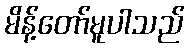
မိန့်တော်မူပါသည်